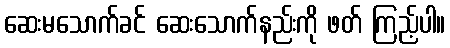
ဆေးမသောက်ခင် ဆေးသောက်နည်းကို ဖတ် ကြည့်ပါ။